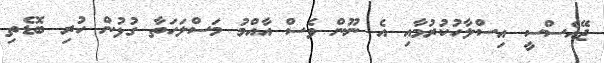
ޖޭއެސްސީ އިސްލާހުކުރުމާއި އެ ނޫން ވެސް އާއްމު މަސްލަހަތާ ގުޅުން ހުރި ބޮޑެތި